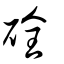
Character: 硂